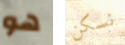
هو نسكن